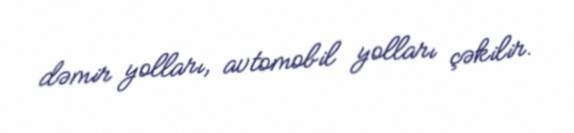
dəmir yolları, avtomobil yolları çəkilir.